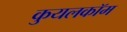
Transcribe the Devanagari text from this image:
कुयलकॉम